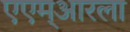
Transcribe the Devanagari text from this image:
एएम्‌आरला